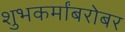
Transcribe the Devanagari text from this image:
शुभकर्मांबरोबर